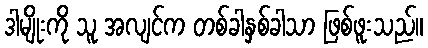
ဒါမျိုးကို သူ အလျင်က တစ်ခါနှစ်ခါသာ ဖြစ်ဖူးသည်။